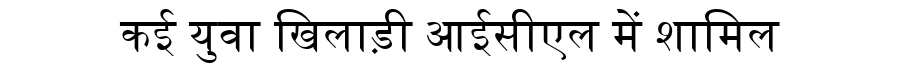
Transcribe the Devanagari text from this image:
कई युवा खिलाड़ी आईसीएल में शामिल